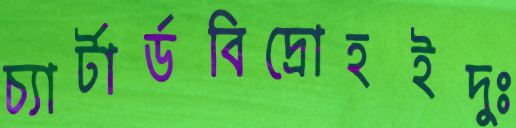
চ্যার্টার্ডবিদ্রোহইদুঃ